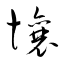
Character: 壤